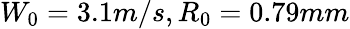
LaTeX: W_{0}=3.1m/s,R_{0}=0.79mm